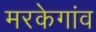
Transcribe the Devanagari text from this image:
मरकेगांव